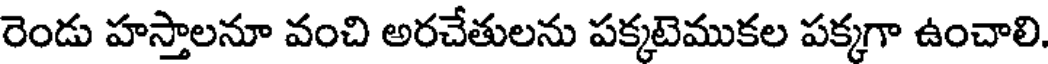
రెండు హస్తాలనూ వంచి అరచేతులను పక్కటెముకల పక్కగా ఉంచాలి